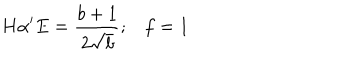
H \alpha ^ { \prime } E = \frac { b + 1 } { 2 \sqrt { b } } ; f = 1